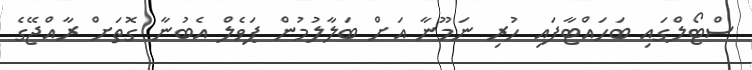
ސްޓޯލްގައި ބަހައްޓާފައި ހުރި ނަމޫނާ އަށް ބަލާލުމުން ޕަވެލް އެބުނާ ގޮތަށް ރާއްޖޭގެ